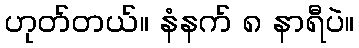
ဟုတ်တယ်။ နံနက် ၈ နာရီပဲ။